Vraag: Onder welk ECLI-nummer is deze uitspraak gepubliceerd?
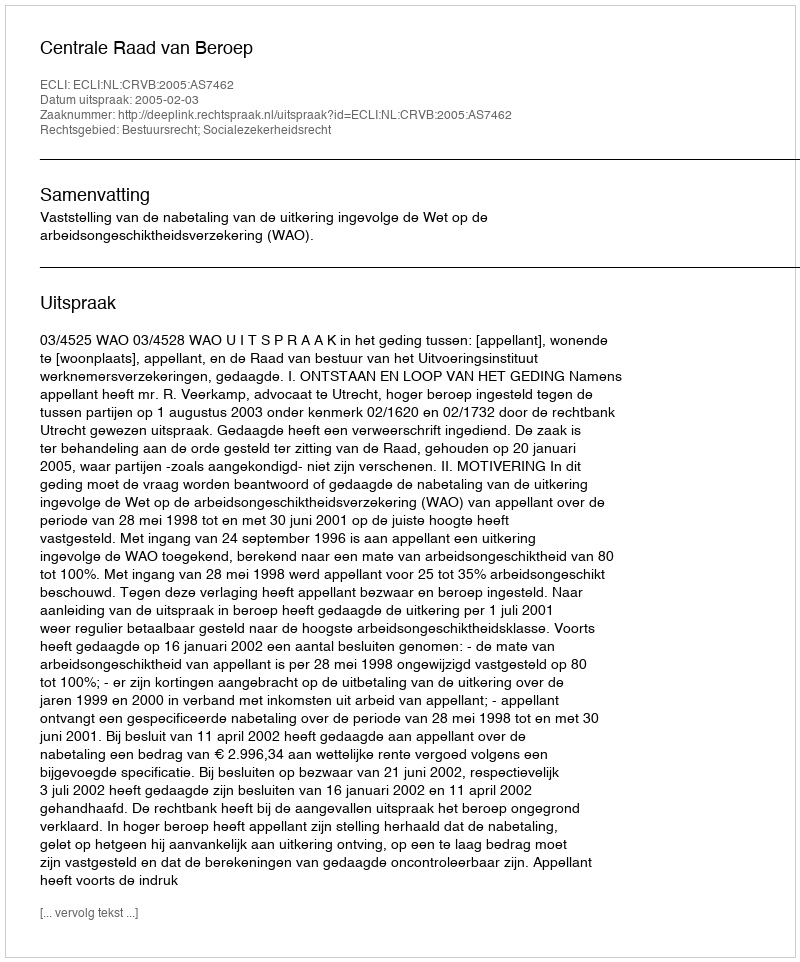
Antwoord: ECLI:NL:CRVB:2005:AS7462